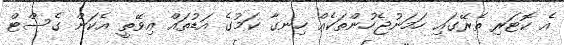
އެ ކޮޓަރި ތެރޭގައި ހަމަނުޖެހުންތަކެއް ހިނގާ ކަމުގެ އަޑުތައް އިވޭތީ އެކަން ގެސްޓް